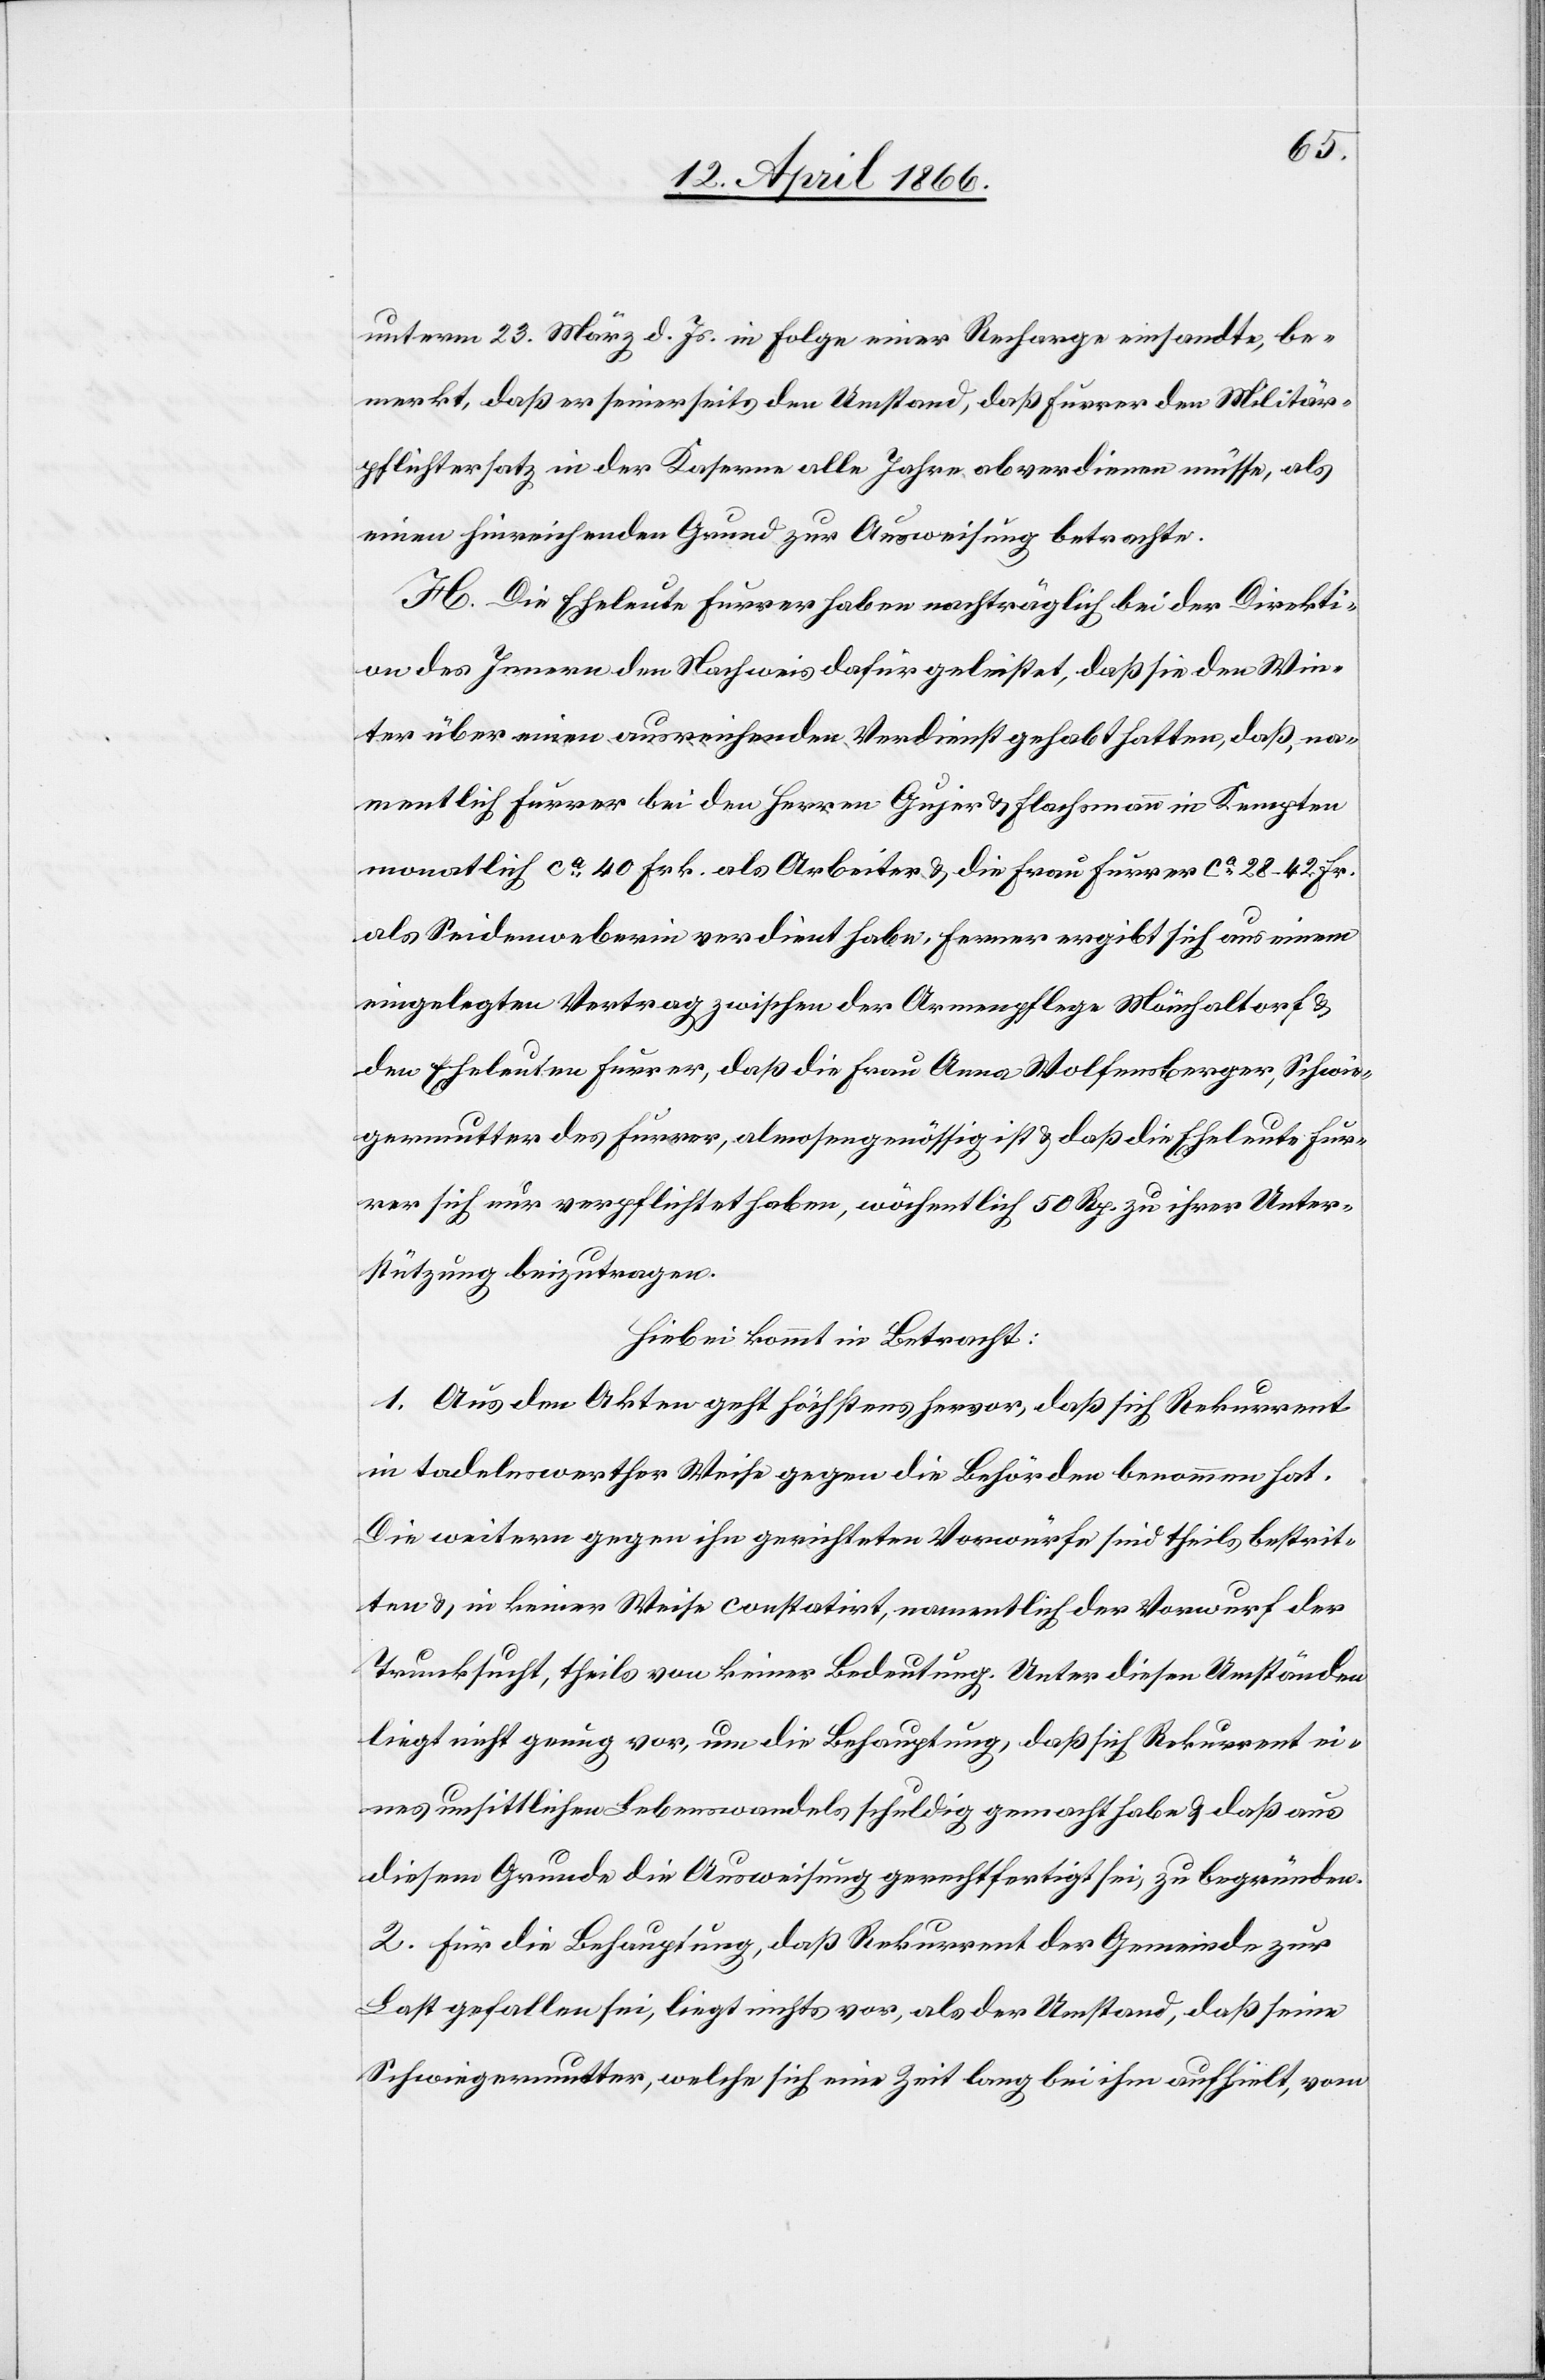
unterm 23. März d. Js. in Folge einer Recharge einsandte, be¬
merkt, daß er seinerseits den Umstand, daß Furrer den Militär¬
pflichtersatz in der Kaserne alle Jahre abverdienen müsse, als
einen hinreichenden Grund zur Ausweisung betrachte.
H. Die Eheleute Furrer haben nachträglich bei der Direkti¬
on des Innern den Nachweis dafür geleistet, daß sie den Win¬
ter über einen ausreichenden Verdienst gehabt hatten, daß, na¬
mentlich Furrer bei den Herren Gujer u. Flachsmann in Kempten
als Seindweberin verdient habe, ferner ergibt sich aus einem
eingelegten Vertrag zwischen der Armenpflege Mönchaltorf u.
den Eheleuten Furrer, daß die Frau Anna Wolfensberger, Schwie¬
germutter des Furrer, almosengenössig ist u. daß die Eheleute Fur¬
rer sich nur verpflichtet haben, wöchentlich 50 Rp. zu ihrer Unter¬
stützung beizutragen.
Hiebei kommt in Betracht:
1. Aus den Akten geht höchstens hervor, daß sich Rekurrent
in tadelnswerther Weise gegen die Behörden benommen hat.
Die weitern gegen ihn gerichteten Vorwürfe sind theils bestrit¬
ten u. in keiner Weise constatirt, namentlich der Vorwurf der
Trunksucht, theils von keiner Bedeutung. Unter diesen Umständen
liegt nicht genug vor, um die Behauptung, daß sich Rekurrent ei¬
nes unsittlichen Lebenswandels schuldig gemacht habe u. daß aus
diesem Grunde die Ausweisung gerechtfertigt sei, zu begründen.
2. Für die Behauptung, daß Rekurrent der Gemeinde zur
Last gefallen sei, liegt nichts vor, als der Umstand, daß seine
Schwiegermutter, welche sich eine Zeit lang bei ihm aufhielt, vom